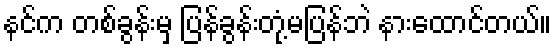
နင်က တစ်ခွန်းမှ ပြန်ခွန်းတုံ့မပြန်ဘဲ နားထောင်တယ်။